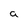
Character: a